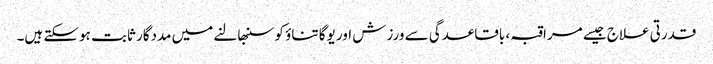
قدرتی علاج جیسے مراقبہ ، باقاعدگی سے ورزش اور یوگا تناؤ کو سنبھالنے میں مددگار ثابت ہوسکتے ہیں۔